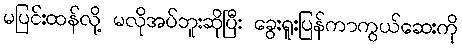
မပြင်းထန်လို့ မလိုအပ်ဘူးဆိုပြီး ခွေးရူးပြန်ကာကွယ်ဆေးကို